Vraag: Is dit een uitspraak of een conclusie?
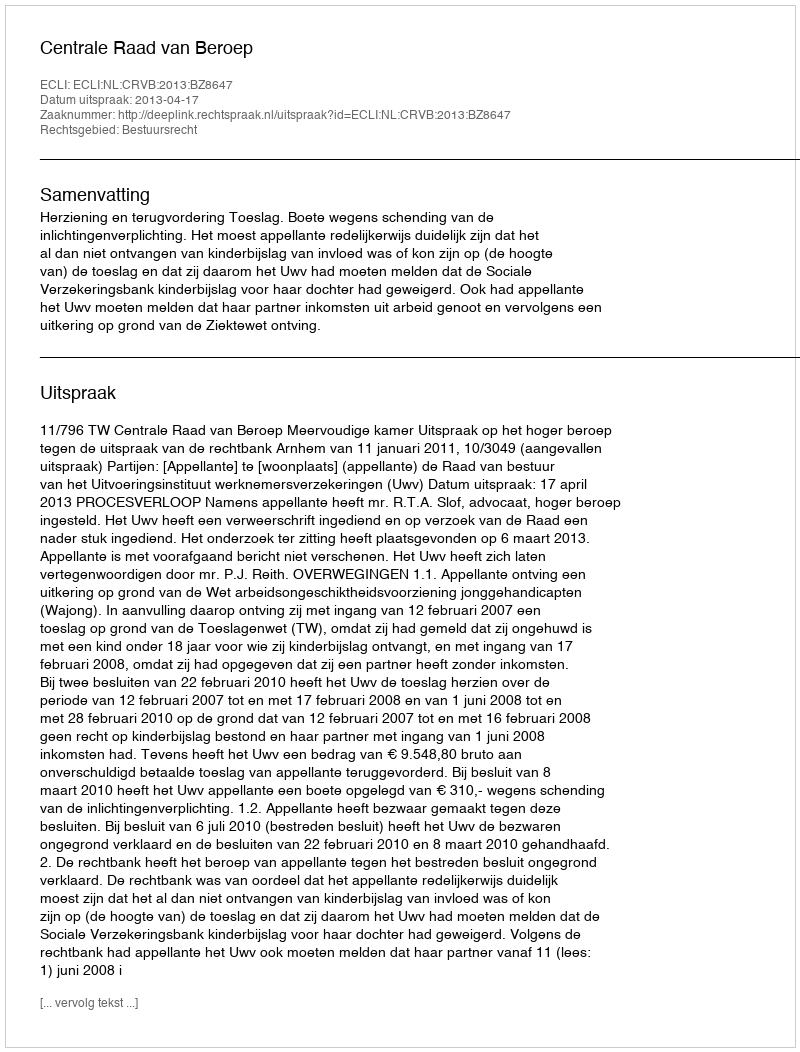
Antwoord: Uitspraak